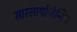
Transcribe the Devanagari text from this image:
सारसापोजेनिन